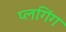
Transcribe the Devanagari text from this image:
प्लगिंग